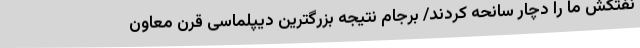
نفتکش ما را دچار سانحه کردند/ برجام نتیجه بزرگترین دیپلماسی قرن معاون